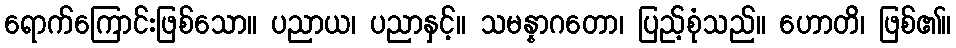
ရောက်ကြောင်းဖြစ်သော။ ပညာယ၊ ပညာနှင့်။ သမန္နာဂတော၊ ပြည့်စုံသည်။ ဟောတိ၊ ဖြစ်၏။